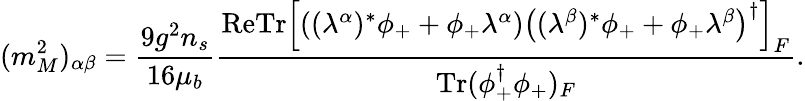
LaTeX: (m_{M}^{2})_{\alpha\beta}=\frac{9g^{2}n_{s}}{16\mu_{b}}\frac{\mathrm{Re}\mathrm{Tr}\left[\left((\lambda^{\alpha})^{*}\phi_{+}+\phi_{+}\lambda^{\alpha}\right)\left((\lambda^{\beta})^{*}\phi_{+}+\phi_{+}\lambda^{\beta}\right)^{\dagger}\right]_{F}}{\mathrm{Tr}(\phi_{+}^{\dagger}\phi_{+})_{F}}.